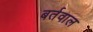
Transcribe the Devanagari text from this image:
बर्तवाल